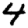
Digit: 4